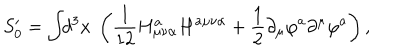
S _ { 0 } ^ { \prime } = \int \! \! d ^ { 3 } x ~ \left( \frac 1 { 1 2 } H _ { \mu \nu \alpha } ^ { a } H ^ { a \mu \nu \alpha } + \frac 1 2 \partial _ { \mu } \varphi ^ { a } \partial ^ { \mu } \varphi ^ { a } \right) ,